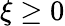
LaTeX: \xi\geq 0